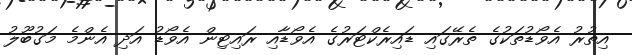
އިތުރު އެވޯޑުތަކުގެ ތެރޭގައި ޑައިރެކްޓަރުގެ އެވޯޑާއި ރައިޓިން އެވޯޑު އަދި އެންމެ މަގުބޫލު